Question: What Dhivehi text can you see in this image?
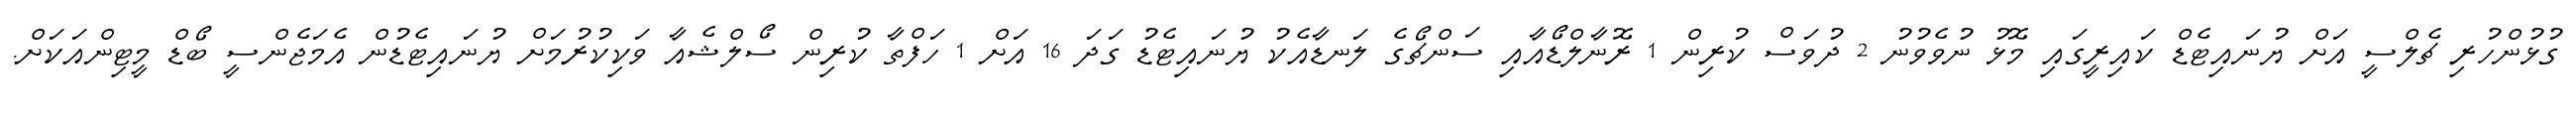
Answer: ގުޅުންހުރި ޗެލްސީ އަށް ޔުނައިޓެޑް ކައިރީގައި މޮޅު ނުވެވުނު 2 ދުވަސް ކުރިން 1 ރޮނާލްޑޯއާއި ސަންޗޯގެ ލަނޑާއެކު ޔުނައިޓެޑު ގަދަ 16 އަށް 1 ހަފްތާ ކުރިން ސޯލްޝެއާ ވަކިކުރުމަށް ޔުނައިޓެޑުން އެމަޖެންސީ ބޯޑް މީޓިންއަކަށް.